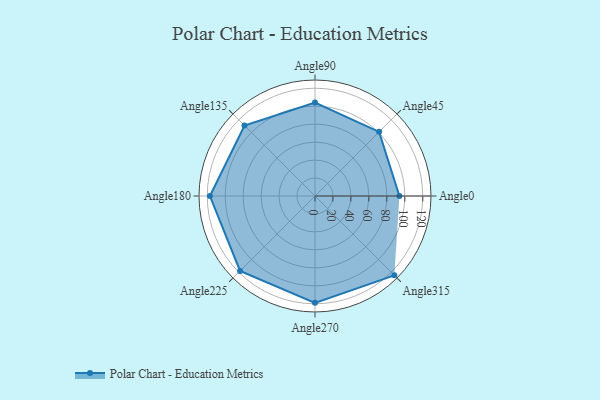
{"axis": {"x": "Angle", "y": "Radius"}, "legend": [""], "data": [{"x": "Angle0", "y": 94.0, "type": ""}, {"x": "Angle45", "y": 101.0, "type": ""}, {"x": "Angle90", "y": 104.0, "type": ""}, {"x": "Angle135", "y": 111.0, "type": ""}, {"x": "Angle180", "y": 117.0, "type": ""}, {"x": "Angle225", "y": 118.0, "type": ""}, {"x": "Angle270", "y": 119.0, "type": ""}, {"x": "Angle315", "y": 125.0, "type": ""}]}